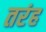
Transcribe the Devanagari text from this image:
तरंह